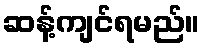
ဆန့်ကျင်ရမည်။